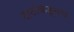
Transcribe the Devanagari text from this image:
टाटांकडूनच